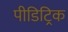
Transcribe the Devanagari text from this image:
पीडिट्रिक